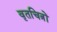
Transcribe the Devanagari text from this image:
वृतचित्रों